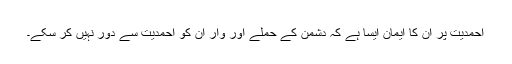
احمدیت پر اُن کا ایمان ایسا ہے کہ دشمن کے حملے اور وار اُن کو احمدیت سے دور نہیں کر سکے۔